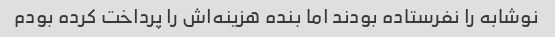
نوشابه را نفرستاده بودند اما بنده هزینه‌اش را پرداخت کرده بودم